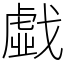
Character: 戱